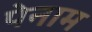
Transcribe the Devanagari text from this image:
पेनाम